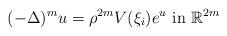
LaTeX: \begin{align*}(-\Delta)^{m} u=\rho^{2m} V(\xi_{i}) e^{u}\ \mbox{in}\ \mathbb{R}^{2m}\end{align*}